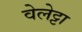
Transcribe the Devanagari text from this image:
वेलेट्टा